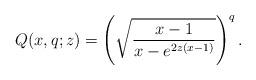
LaTeX: \begin{align*}Q(x,q;z)=\left(\sqrt{\frac{x-1}{x-e^{2z(x-1)}}}\right)^q.\end{align*}